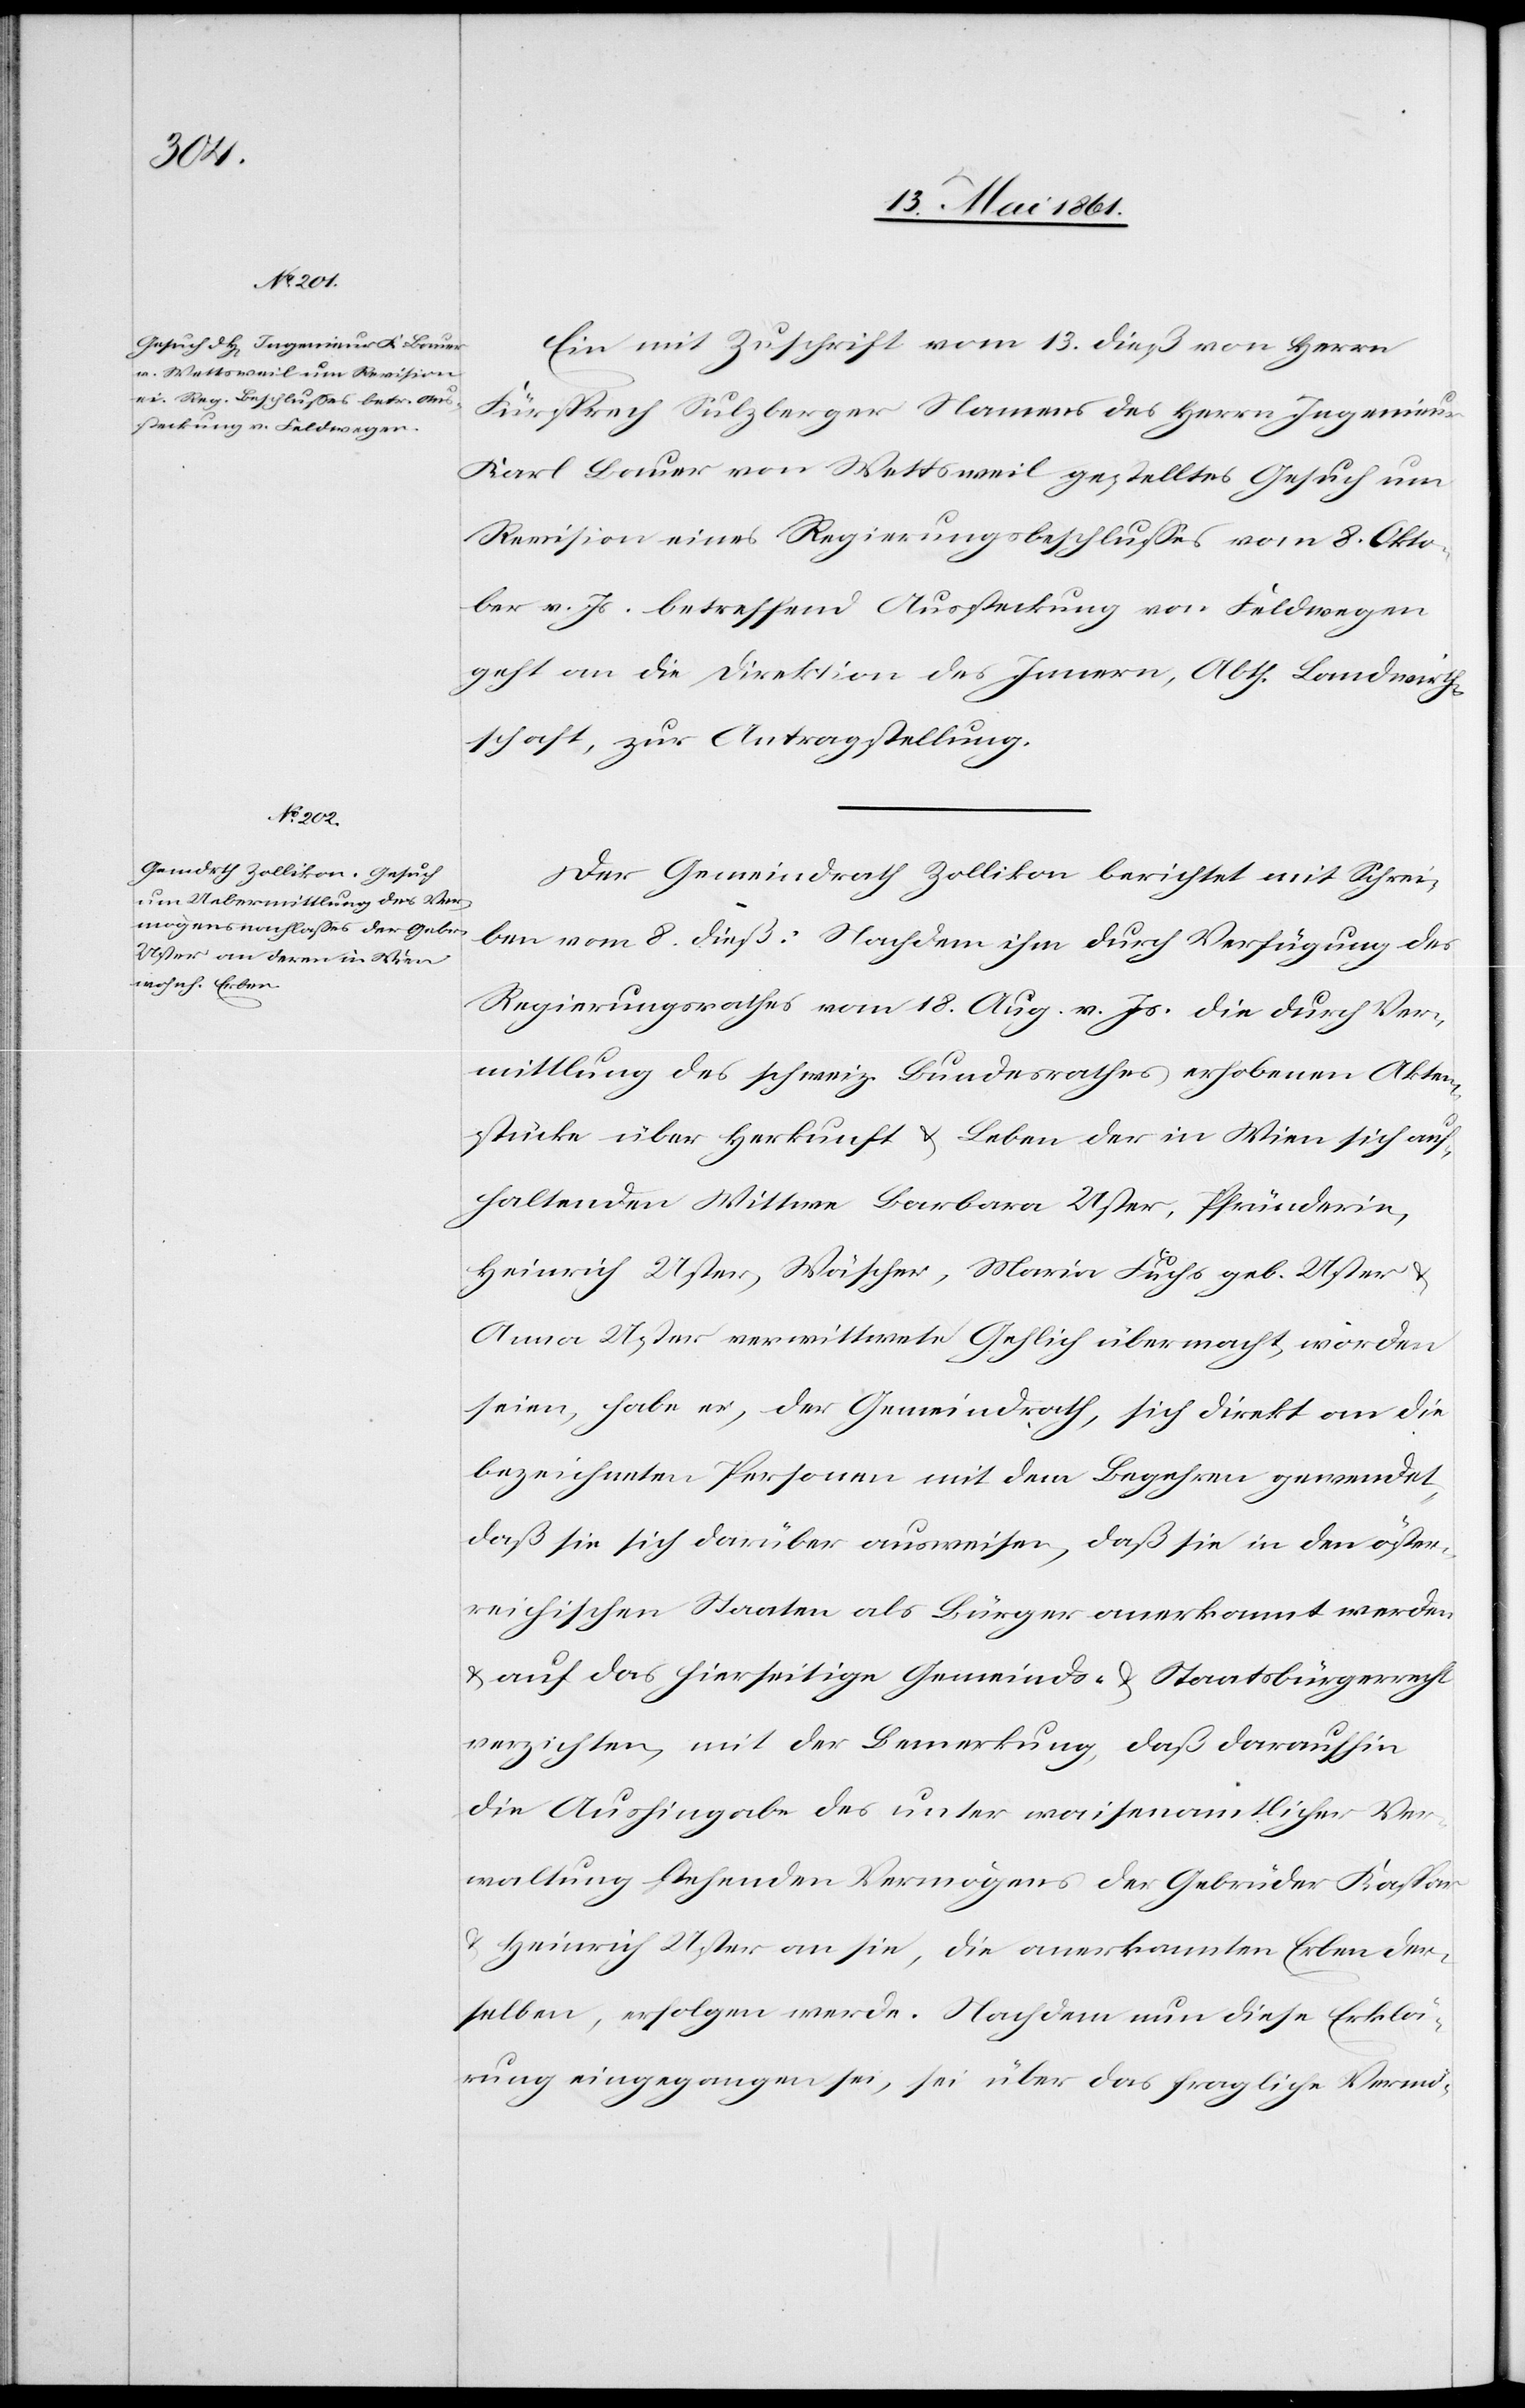
15. Mai 1861.]
Ein mit Zuschrift vom 13. dieß von Herrn
Fürsprech Sulzberger Namens des Herrn Ingenieur
Karl Bauer von Wettsweil gestelltes Gesuch um
Revision eines Regierungsbeschlusses vom 8. Okto¬
ber v. Js. betreffend Aussteckung von Feldwegen
geht an die Direktion des Innern, Abth. Landwirth¬
schaft, zur Antragstellung.
Der Gemeindrath Zollikon berichtet mit Schrei¬
ben vom 8. dieß: Nachdem durch Verfügung des
Regierungsrathes vom 18. Aug. v. Js. die durch Ver¬
mittlung des schweiz. Bundesrathes erhobenen Akten¬
stücke über Herkunft u. Leben der in Wien sich auf¬
haltenden Wittwe Barbara Uster, Pfründerin,
Heinrich Uster, Wäscher, Maria Fuchs geb. Uster
Anna Uster verwittwete Gehlich übermacht, worden
seien, habe er, der Gemeindrath, sich direkt an die
bezeichneten Personen mit dem Begehren gewendet,
daß sie sich darüber ausweisen, daß sie in den öster¬
reichischen Staaten als Bürger anerkannt werden
u. auf das hierseitige Gemeinds- u. Staatsbürgerrecht
verzichten, mit der Bemerkung, daß daraufhin
die Aushingabe des unter waisenamtlicher Ver¬
waltung stehenden Vermögens der Gebrüder Kaspar
u. Heinrich Uster an sie, die anerkannten Erben der¬
selben, erfolgen werde. Nachdem nun diese Erklä¬
rung eingegangen sei, sei über das fragliche Vermö-